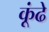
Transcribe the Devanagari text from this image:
कूंढे